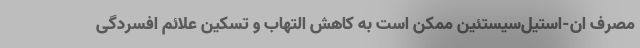
مصرف ان-استیل‌سیستئین ممکن است به کاهش التهاب و تسکین علائم افسردگی